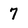
Character: 7